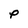
Character: P